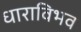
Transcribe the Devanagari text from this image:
धाराविभव